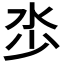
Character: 𣲦